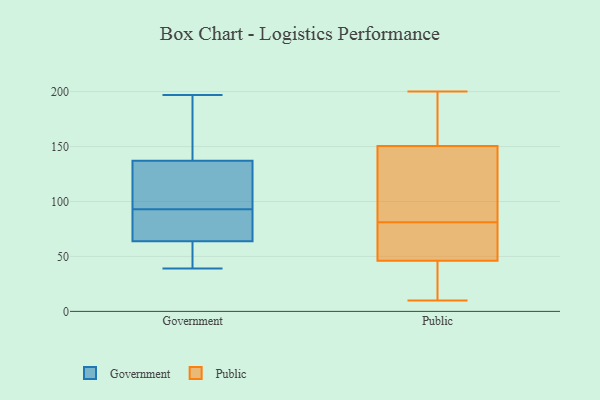
{"axis": {"x": "Tickets Resolved", "y": "Value"}, "legend": ["Government", "Public"], "data": [{"x": "", "y": 54, "type": "Government"}, {"x": "", "y": 46, "type": "Government"}, {"x": "", "y": 97, "type": "Government"}, {"x": "", "y": 127, "type": "Government"}, {"x": "", "y": 167, "type": "Government"}, {"x": "", "y": 85, "type": "Government"}, {"x": "", "y": 39, "type": "Government"}, {"x": "", "y": 197, "type": "Government"}, {"x": "", "y": 93, "type": "Government"}, {"x": "", "y": 67, "type": "Government"}, {"x": "", "y": 93, "type": "Government"}, {"x": "", "y": 169, "type": "Government"}, {"x": "", "y": 68, "type": "Government"}, {"x": "", "y": 32, "type": "Public"}, {"x": "", "y": 44, "type": "Public"}, {"x": "", "y": 79, "type": "Public"}, {"x": "", "y": 88, "type": "Public"}, {"x": "", "y": 80, "type": "Public"}, {"x": "", "y": 36, "type": "Public"}, {"x": "", "y": 155, "type": "Public"}, {"x": "", "y": 197, "type": "Public"}, {"x": "", "y": 137, "type": "Public"}, {"x": "", "y": 200, "type": "Public"}, {"x": "", "y": 107, "type": "Public"}, {"x": "", "y": 81, "type": "Public"}, {"x": "", "y": 180, "type": "Public"}, {"x": "", "y": 52, "type": "Public"}, {"x": "", "y": 30, "type": "Public"}, {"x": "", "y": 52, "type": "Public"}, {"x": "", "y": 91, "type": "Public"}, {"x": "", "y": 168, "type": "Public"}, {"x": "", "y": 10, "type": "Public"}]}